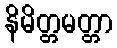
နိမိတ္တမတ္တာ